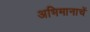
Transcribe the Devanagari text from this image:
अभिमानाचें